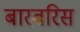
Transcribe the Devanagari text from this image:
बारबरिस